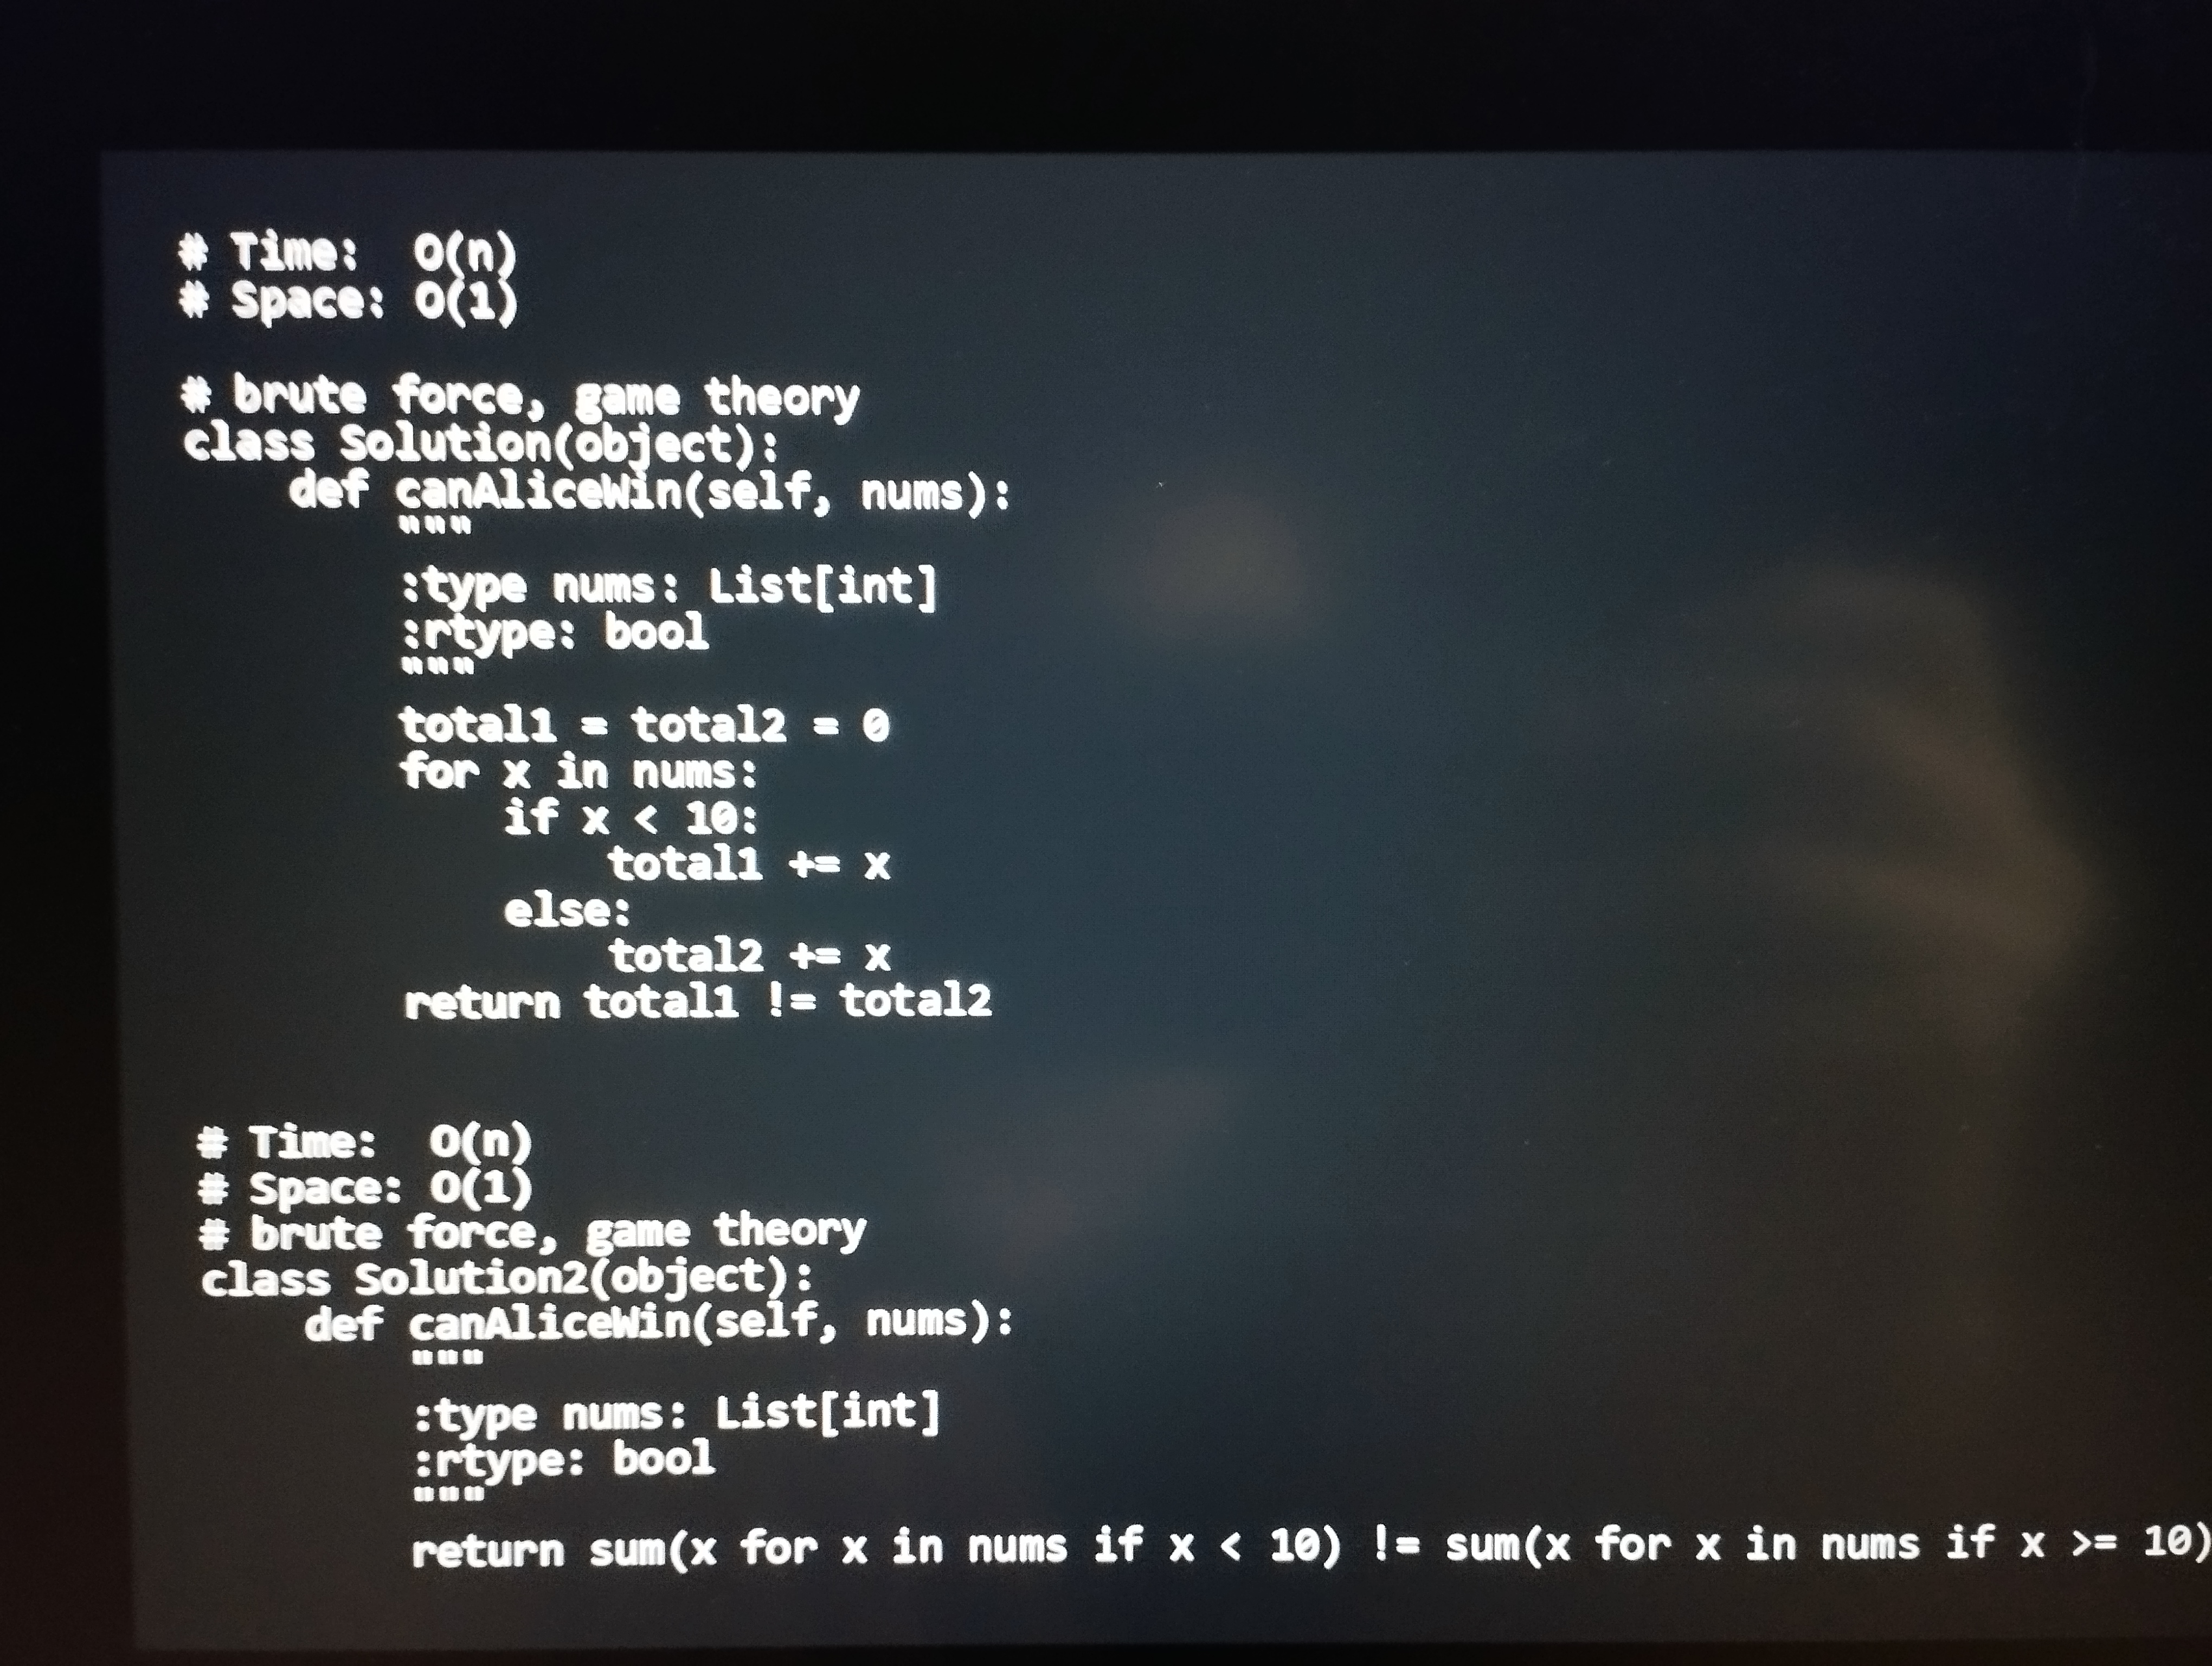
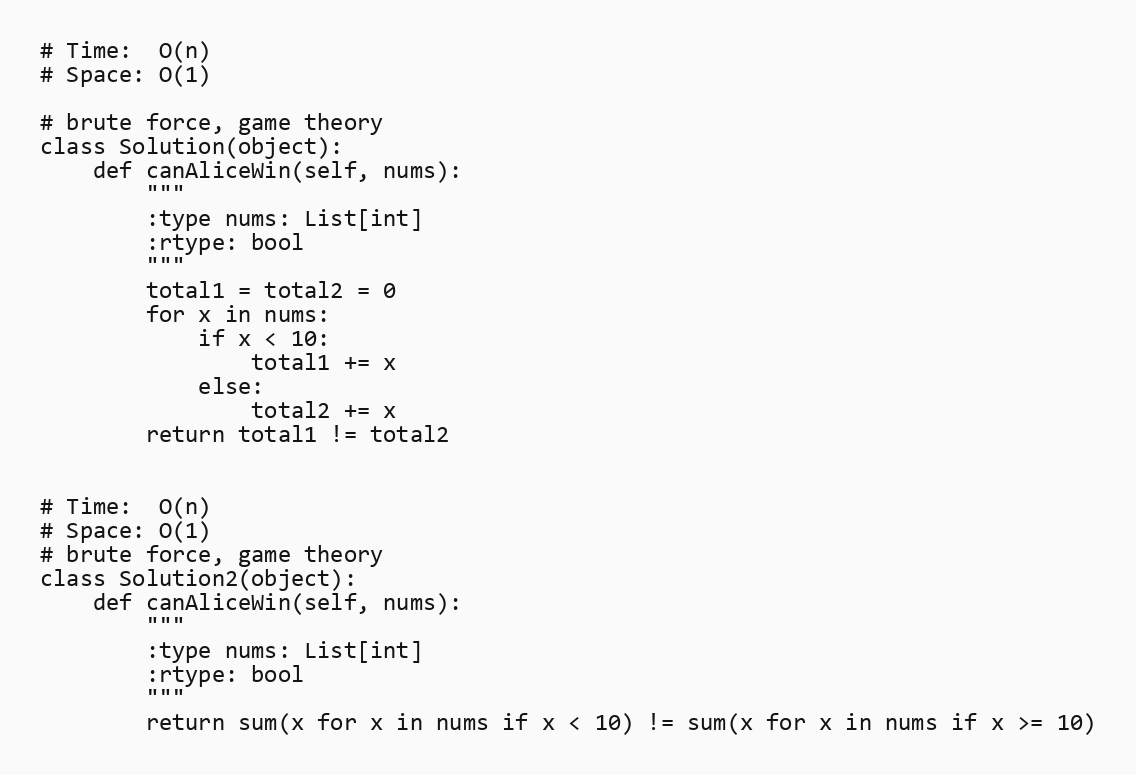
# Time:  O(n)
# Space: O(1)

# brute force, game theory
class Solution(object):
    def canAliceWin(self, nums):
        """
        :type nums: List[int]
        :rtype: bool
        """
        total1 = total2 = 0
        for x in nums:
            if x < 10:
                total1 += x
            else:
                total2 += x
        return total1 != total2

# Time:  O(n)
# Space: O(1)
# brute force, game theory
class Solution2(object):
    def canAliceWin(self, nums):
        """
        :type nums: List[int]
        :rtype: bool
        """
        return sum(x for x in nums if x < 10) != sum(x for x in nums if x >= 10)